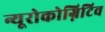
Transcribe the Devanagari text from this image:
न्यूरोकोग्निटिव